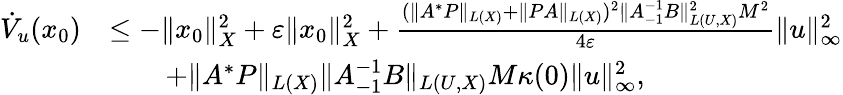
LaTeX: \begin{array}{rl}{\dot{V}_{u}(x_{0})}&{\le-\| x_{0}\| _{X}^{2}+\varepsilon\| x_{0}\| _{X}^{2}+\frac{(\| A^{\ast}P\| _{L(X)}+\| PA\| _{L(X)})^{2}\| A_{-1}^{-1}B\| _{L(U,X)}^{2}M^{2}}{4\varepsilon}\| u\| _{\infty}^{2}}\\ &{\qquad+\| A^{\ast}P\| _{L(X)}\| A_{-1}^{-1}B\| _{L(U,X)}M\kappa(0)\| u\| _{\infty}^{2},}\end{array}